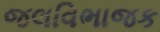
જલવિભાજક